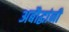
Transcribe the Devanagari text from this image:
अबौद्धांनी